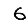
Digit: 6